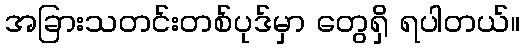
အခြားသတင်းတစ်ပုဒ်မှာ တွေရှိ ရပါတယ်။